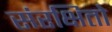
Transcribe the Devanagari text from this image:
संरक्षितो